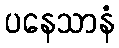
ပနေသာနံ